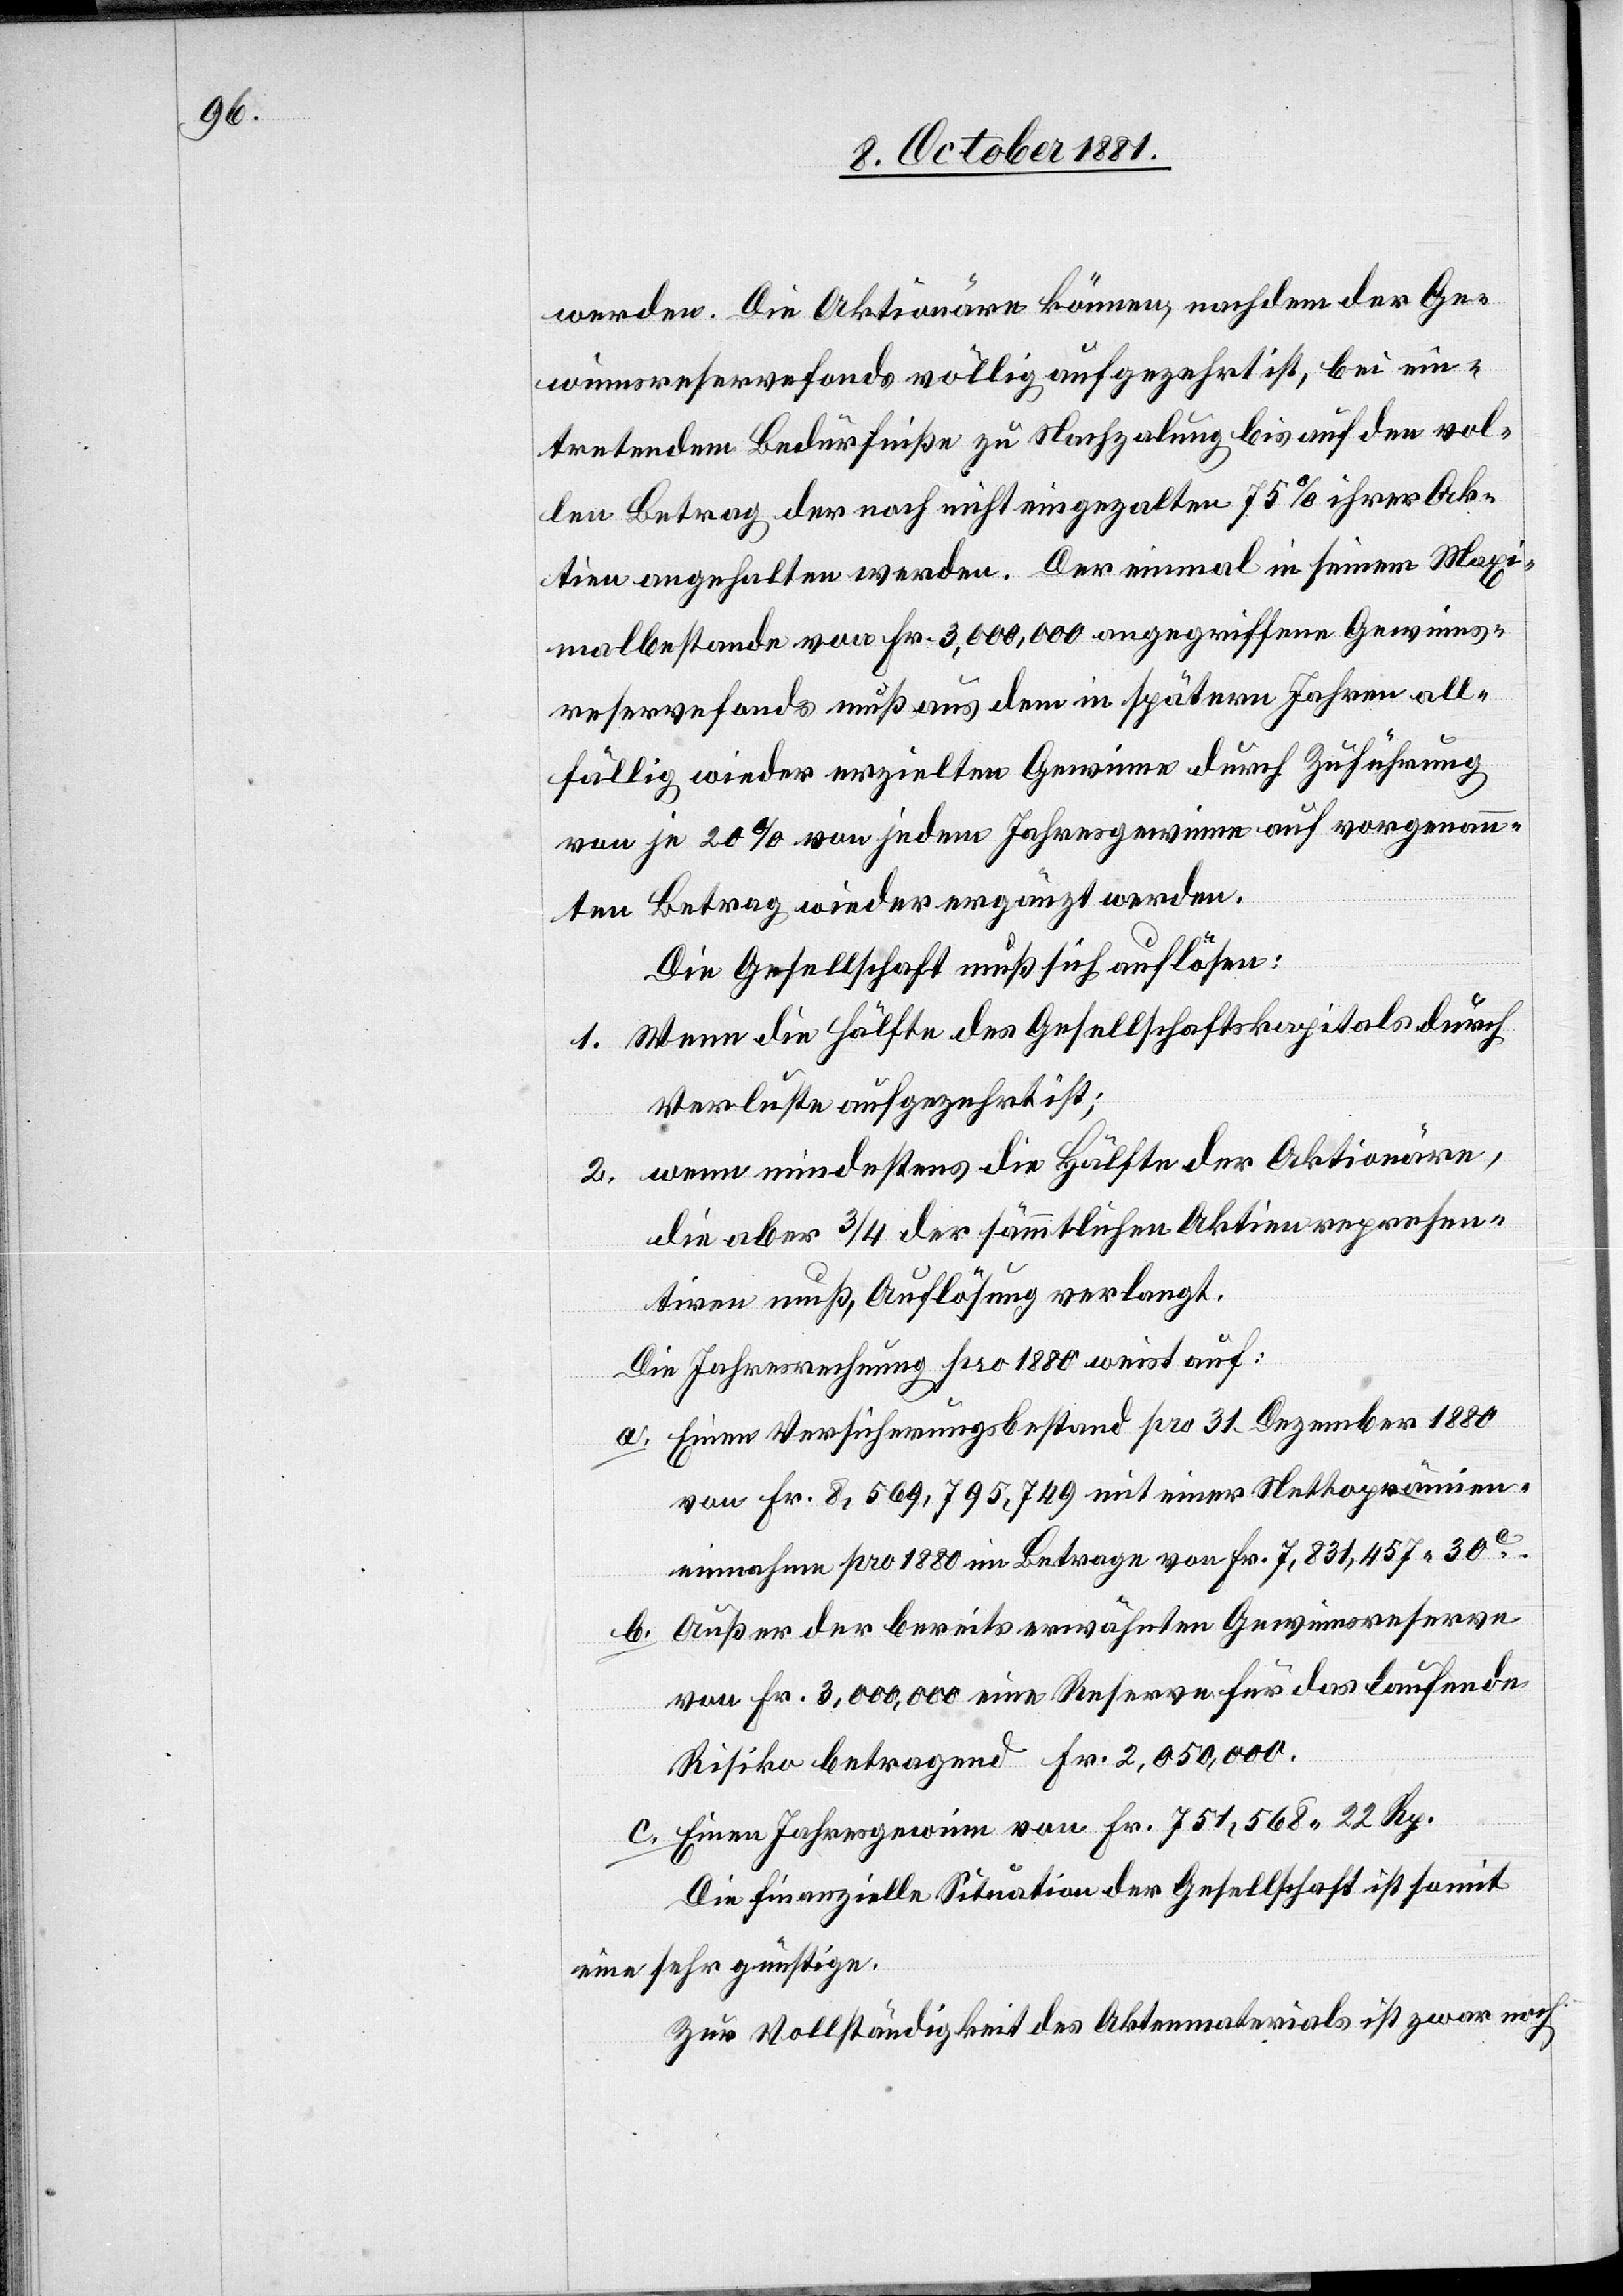
werden. Die Aktionäre können, nachdem der Ge¬
winnsreservefonds völlig aufgezehrt ist, bei ein¬
tretendem Bedürfniße zu Nachzalung bis auf den vol¬
len Betrag der noch nicht eingezalten 75% ihrer Ak¬
tien angehalten werden. Der einmal in seinem Maxi¬
malbestande von Fr. 3,000,000 angegriffene Gewinns¬
reservefonds muß aus dem in spätern Jahren all¬
fällig wieder erzielten Gewinne durch Zuführung
von je 20% von jedem Jahresgewinne auf vorgenann¬
ten Betrag wieder ergänzt werden.
Die Gesellschaft muß sich auflösen:
1. Wenn die Hälfte des Gesellschaftskapitals durch
Verluste aufgezehrt ist;
2. wenn mindestens die Hälfte der Aktionäre,
die aber 3/4 der sämmtlichen Aktien represen¬
tiren muß, Auflösung verlangt.
Die Jahresrechnung pro 1880 weist auf:
a. Einen Versicherungsbestand pro 31. Dezember 1880
von Fr. 8,569,795,749 mit einer Nettoprämien¬
einnahme pro 1880 im Betrage von Fr. 7,831,457 30C.
b. Außer der bereits erwähnten Gewinnsreserve
von Fr. 3,000,000 eine Reserve für das laufende
Risiko betragend Fr. 2,050,000.
c. Einen Jahresgewinn von Fr. 751,568 22 Rp.
Die finanzielle Situation der Gesellschaft ist somit
eine sehr günstige.
Zur Vollständigkeit des Aktenmaterials ist zwar noch